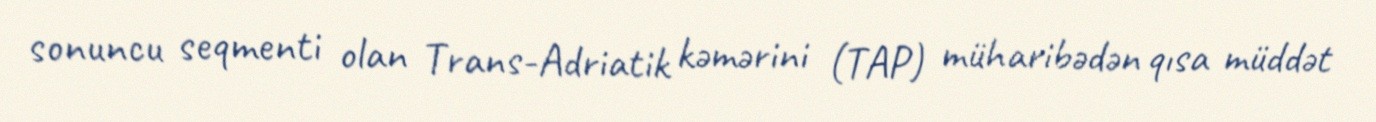
sonuncu seqmenti olan Trans-Adriatik kəmərini (TAP) müharibədən qısa müddət